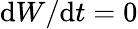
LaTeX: \mathrm{d}W/\mathrm{d}t=0